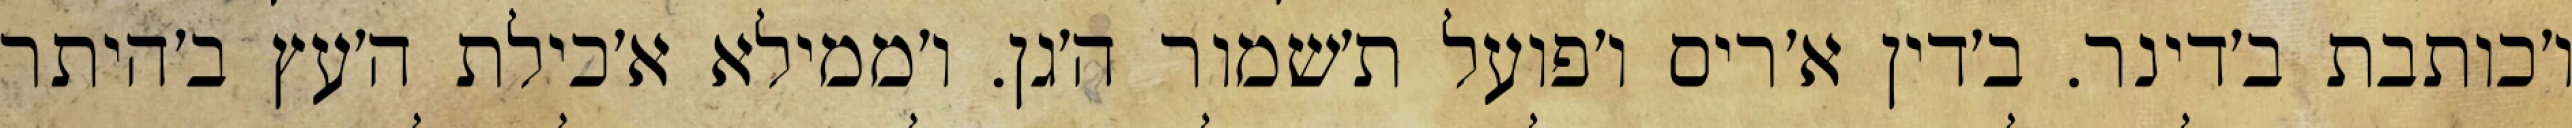
ו׳כותבת ב׳דינר. ב׳דין א׳ריס ו׳פועל ת׳שמור ה׳גן. ו׳ממילא א׳כילת ה׳עץ ב׳היתר